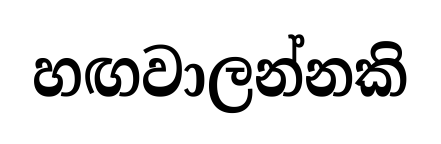
හඟවාලන්නකි